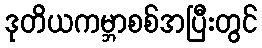
ဒုတိယကမ္ဘာစစ်အပြီးတွင်